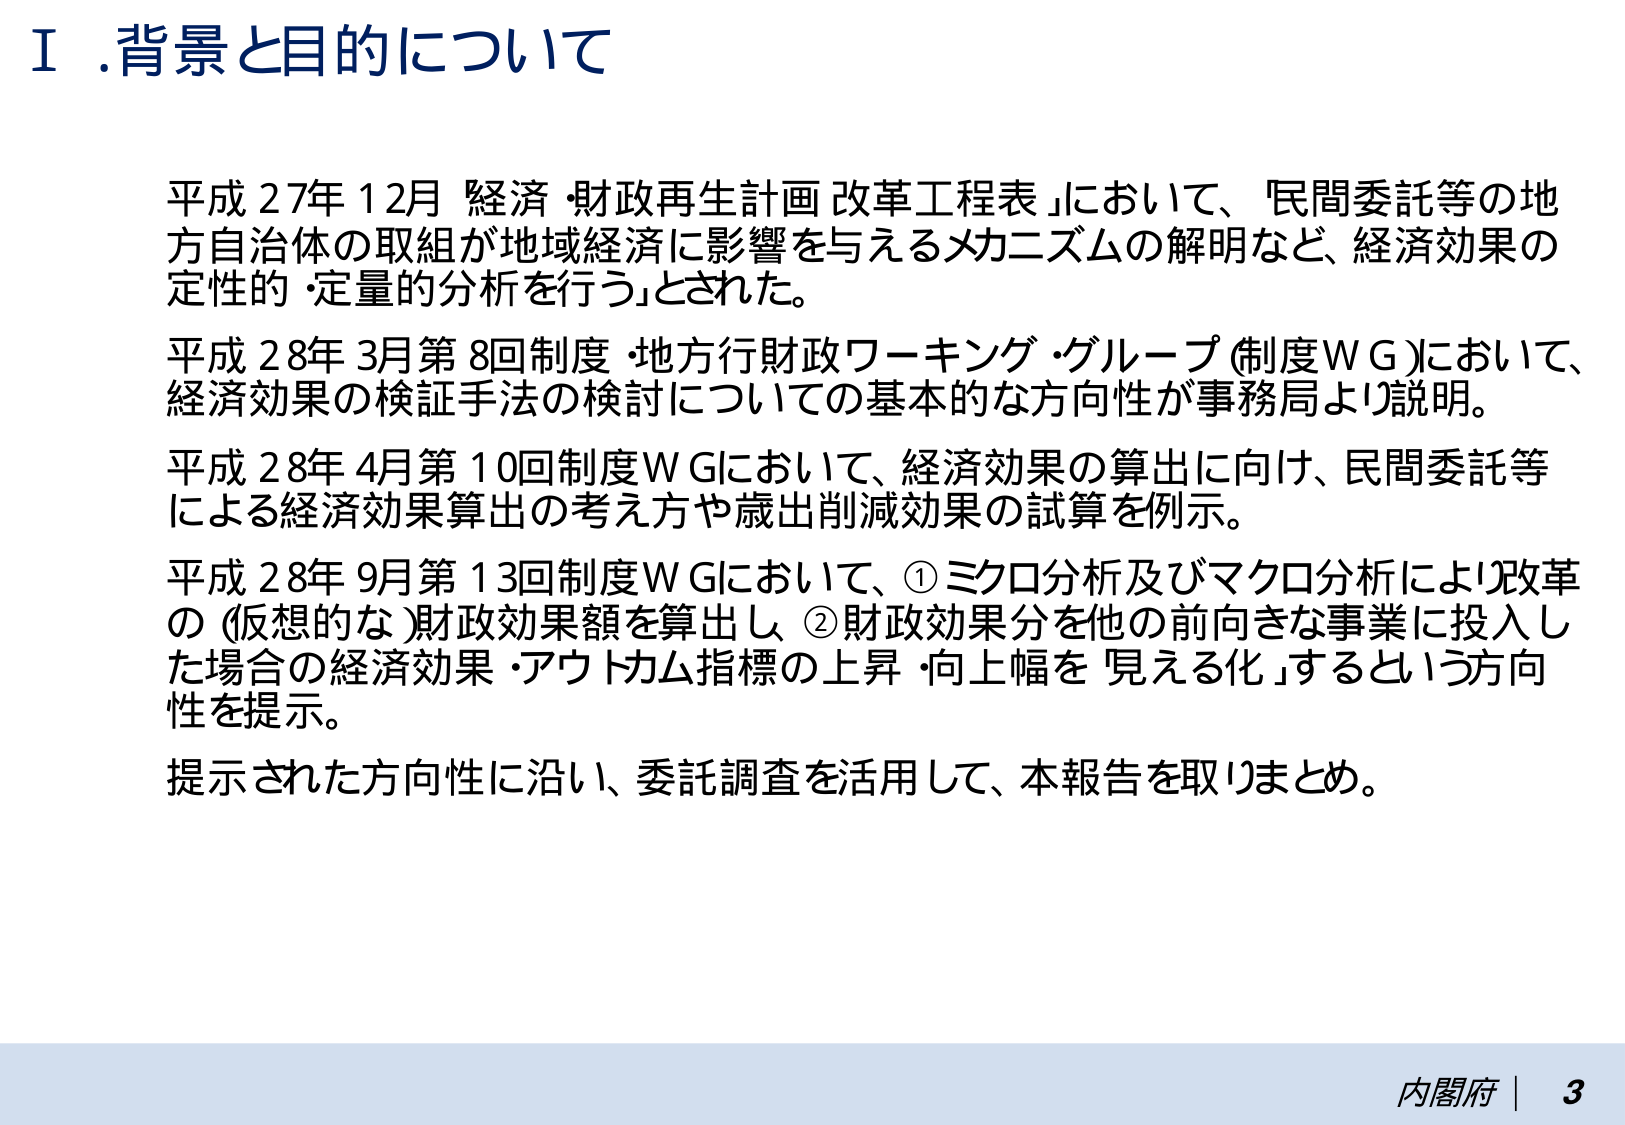
Ⅰ. 背景と目的について

平成27年12月「経済・財政再生計画 改革工程表」において、「民間委託等の地方自治体の取組が地域経済に影響を与えるメカニズムの解明など、経済効果の定性的・定量的分析を行う」とされた。

平成28年3月第8回制度・地方行財政ワーキング・グループ（制度WG）において、経済効果の検証手法の検討についての基本的な方向性が事務局より説明。

平成28年4月第10回制度WGにおいて、経済効果の算出に向け、民間委託等による経済効果算出の考え方や歳出削減効果の試算を例示。

平成28年9月第13回制度WGにおいて、①ミクロ分析及びマクロ分析により改革の（仮想的な）財政効果額を算出し、②財政効果分を他の前向きな事業に投入した場合の経済効果・アウトカム指標の上昇・向上幅を「見える化」するという方向性を提示。

提示された方向性に沿い、委託調査を活用して、本報告を取りまとめ。

内閣府 | 3